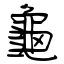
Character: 龜